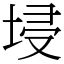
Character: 埐